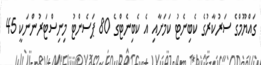
ގައްޔޫމްގެ ސަރުކާރުގެ ކެބިނެޓު ކަމަށާއި އެ ކެބިނެޓްގެ 80 ޕަސެންޓު މިނިސްޓަރުންނަކީ 45